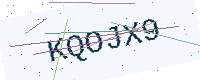
Text: KQOJX9